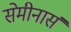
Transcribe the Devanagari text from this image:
सेमीनार्स